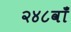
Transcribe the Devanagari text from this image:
२४८वाँ